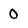
Character: 0